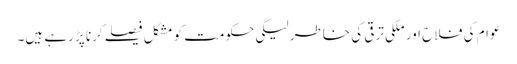
عوام کی فلاح اور ملکی ترقی کی خاطر لیگی حکومت کو مشکل فیصلے کرنا پڑ رہے ہیں۔